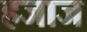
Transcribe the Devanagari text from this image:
हजाज